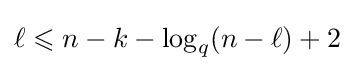
\ell \leqslant n-k-\log _{q}(n-\ell )+2